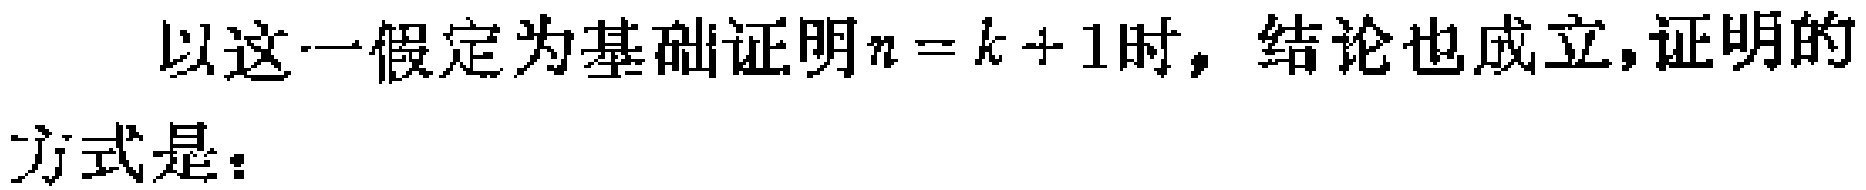
以这一假定为基础证明\(n = k + 1\)时，结论也成立,证明的方式是：